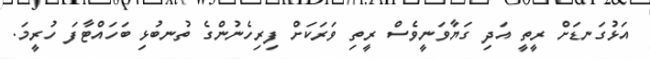
އަޅުގަނޑަށް ރީީތީ އަދި ގަޔާވަނީވެސް ރީތި ވަރަކަށް ފިރިހެނުންގެ ތުނބުޅި ބަހައްޓާފަ ހުރީމަ.